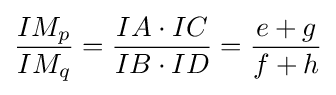
{\frac {IM_{p}}{IM_{q}}}={\frac {IA\cdot IC}{IB\cdot ID}}={\frac {e+g}{f+h}}